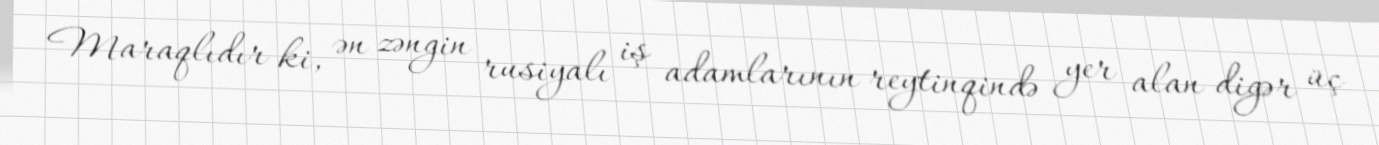
Maraqlıdır ki, ən zəngin rusiyalı iş adamlarının reytinqində yer alan digər üç